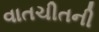
વાતચીતની